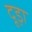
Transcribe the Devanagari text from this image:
दूड़ा